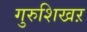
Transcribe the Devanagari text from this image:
गुरुशिखऱ